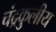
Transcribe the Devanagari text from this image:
चंद्रकुलीय